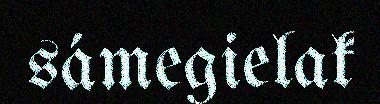
sámegielak